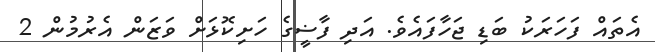
އެތައް ފަހަރަކު ބަޑި ޖަހާފައެވެ. އަދި ފާޟީގެ ހަށިކޮޅަށް ވަޒަން އެރުމުން 2